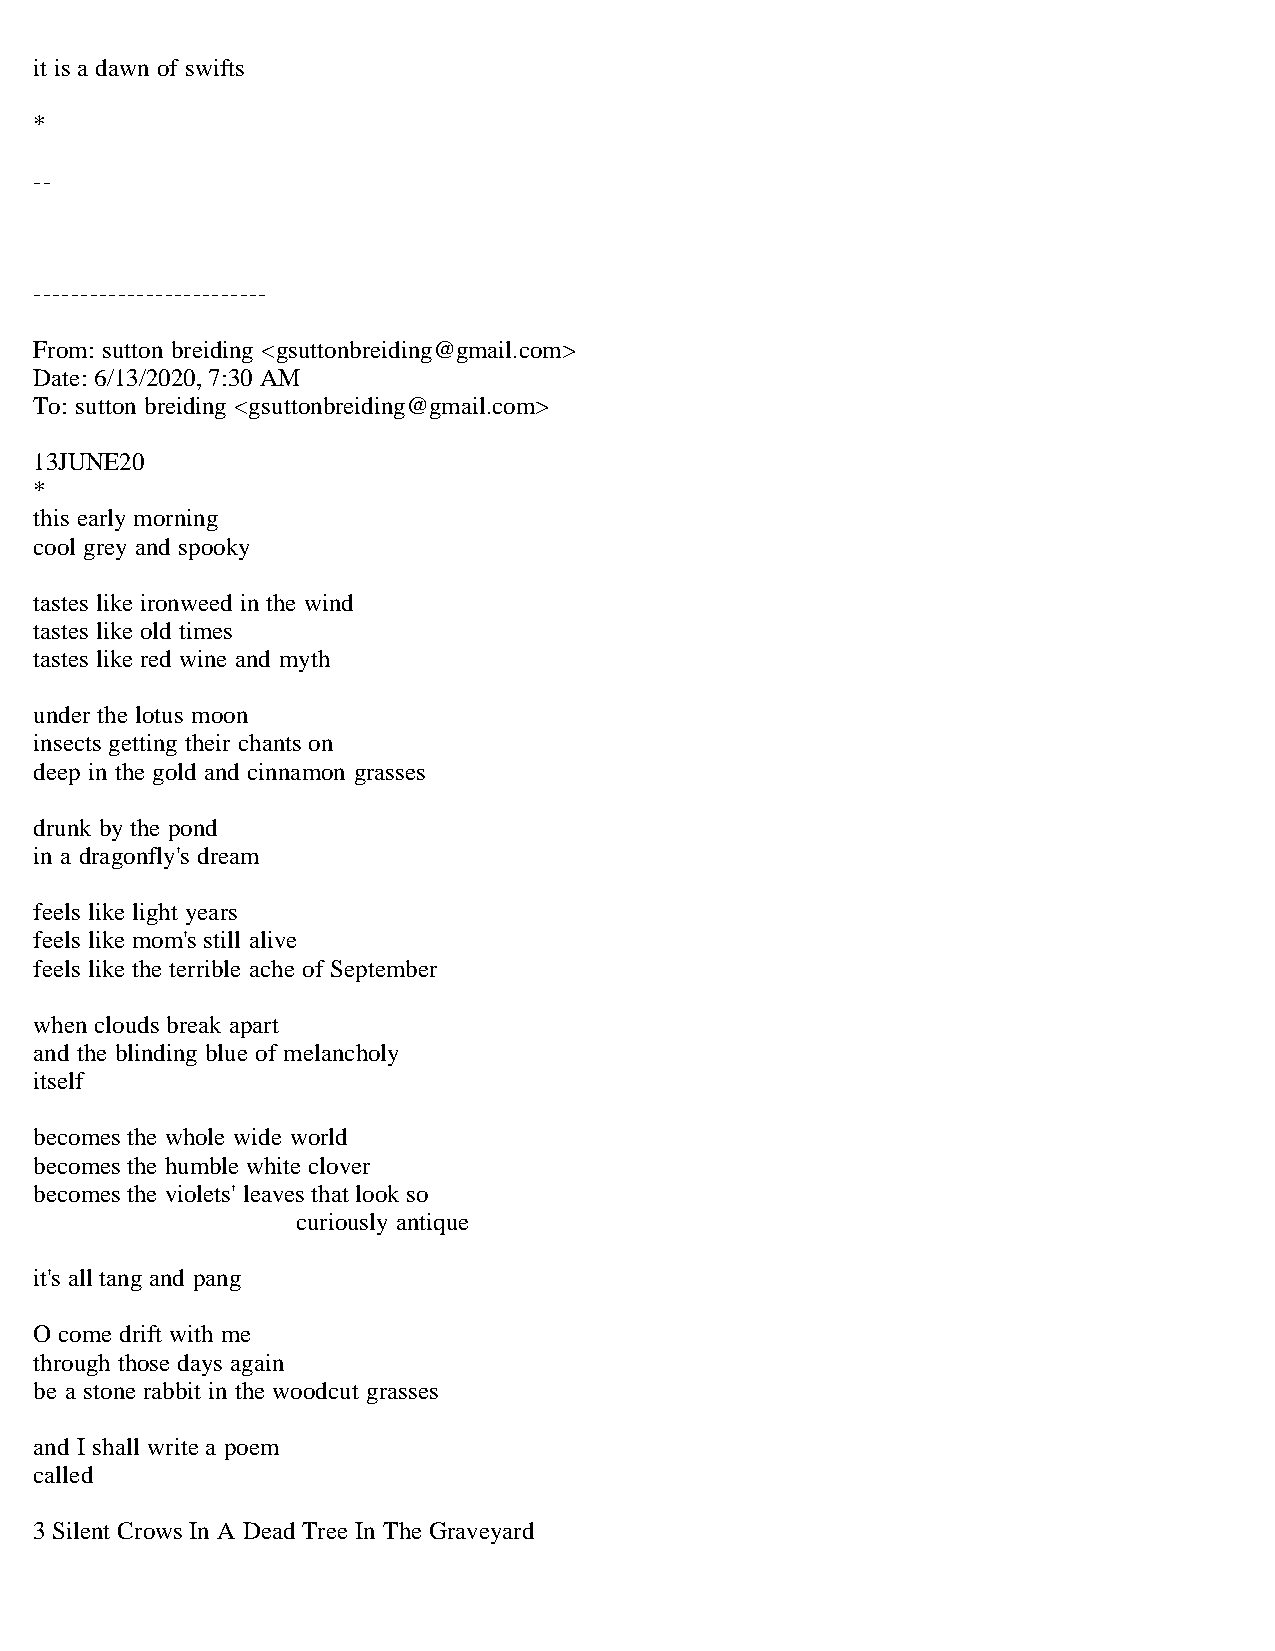
it is a dawn of swifts
 *
 --
 -------------------------
 From: sutton breiding <gsuttonbreiding@gmail.com>
 Date: 6/13/2020, 7:30 AM
 To: sutton breiding <gsuttonbreiding@gmail.com>
 13JUNE20
 *
 this early morning
 cool grey and spooky
 tastes like ironweed in the wind
 tastes like old times
 tastes like red wine and myth
 under the lotus moon
 insects getting their chants on
 deep in the gold and cinnamon grasses
 drunk by the pond
 in a dragonfly's dream
 feels like light years
 feels like mom's still alive
 feels like the terrible ache of September
 when clouds break apart
 and the blinding blue of melancholy
 itself
 becomes the whole wide world
 becomes the humble white clover
 becomes the violets' leaves that look so
 curiously antique
 it's all tang and pang
 O come drift with me
 through those days again
 be a stone rabbit in the woodcut grasses
 and I shall write a poem
 called
 3 Silent Crows In A Dead Tree In The Graveyard